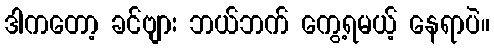
ဒါကတော့ ခင်ဗျား ဘယ်ဘက် ကွေ့ရမယ့် နေရာပဲ။